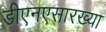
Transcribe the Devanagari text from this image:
डीएनएसारख्या